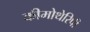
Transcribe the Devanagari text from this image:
कीमोथेरिपी